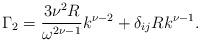
LaTeX: \begin{align*}\Gamma_2 = \frac{3\nu^2 R}{\omega^{2\nu-1}} k^{\nu-2} + \delta_{ij} R k^{\nu-1}. \end{align*}